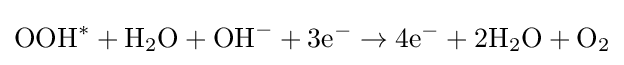
\mathrm {OOH} ^{*}+\mathrm {H} _{2}\mathrm {O} +\mathrm {OH} ^{-}+3\mathrm {e} ^{-}\rightarrow 4\mathrm {e} ^{-}+2\mathrm {H} _{2}\mathrm {O} +\mathrm {O} _{2}